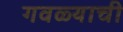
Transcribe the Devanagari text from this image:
गवळ्याची